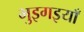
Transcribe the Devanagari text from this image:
भुइगइयाँ